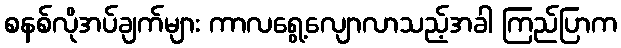
စနစ်လိုအပ်ချက်များ ကာလရွေ့လျောလာသည့်အခါ ကြည်ပြာက